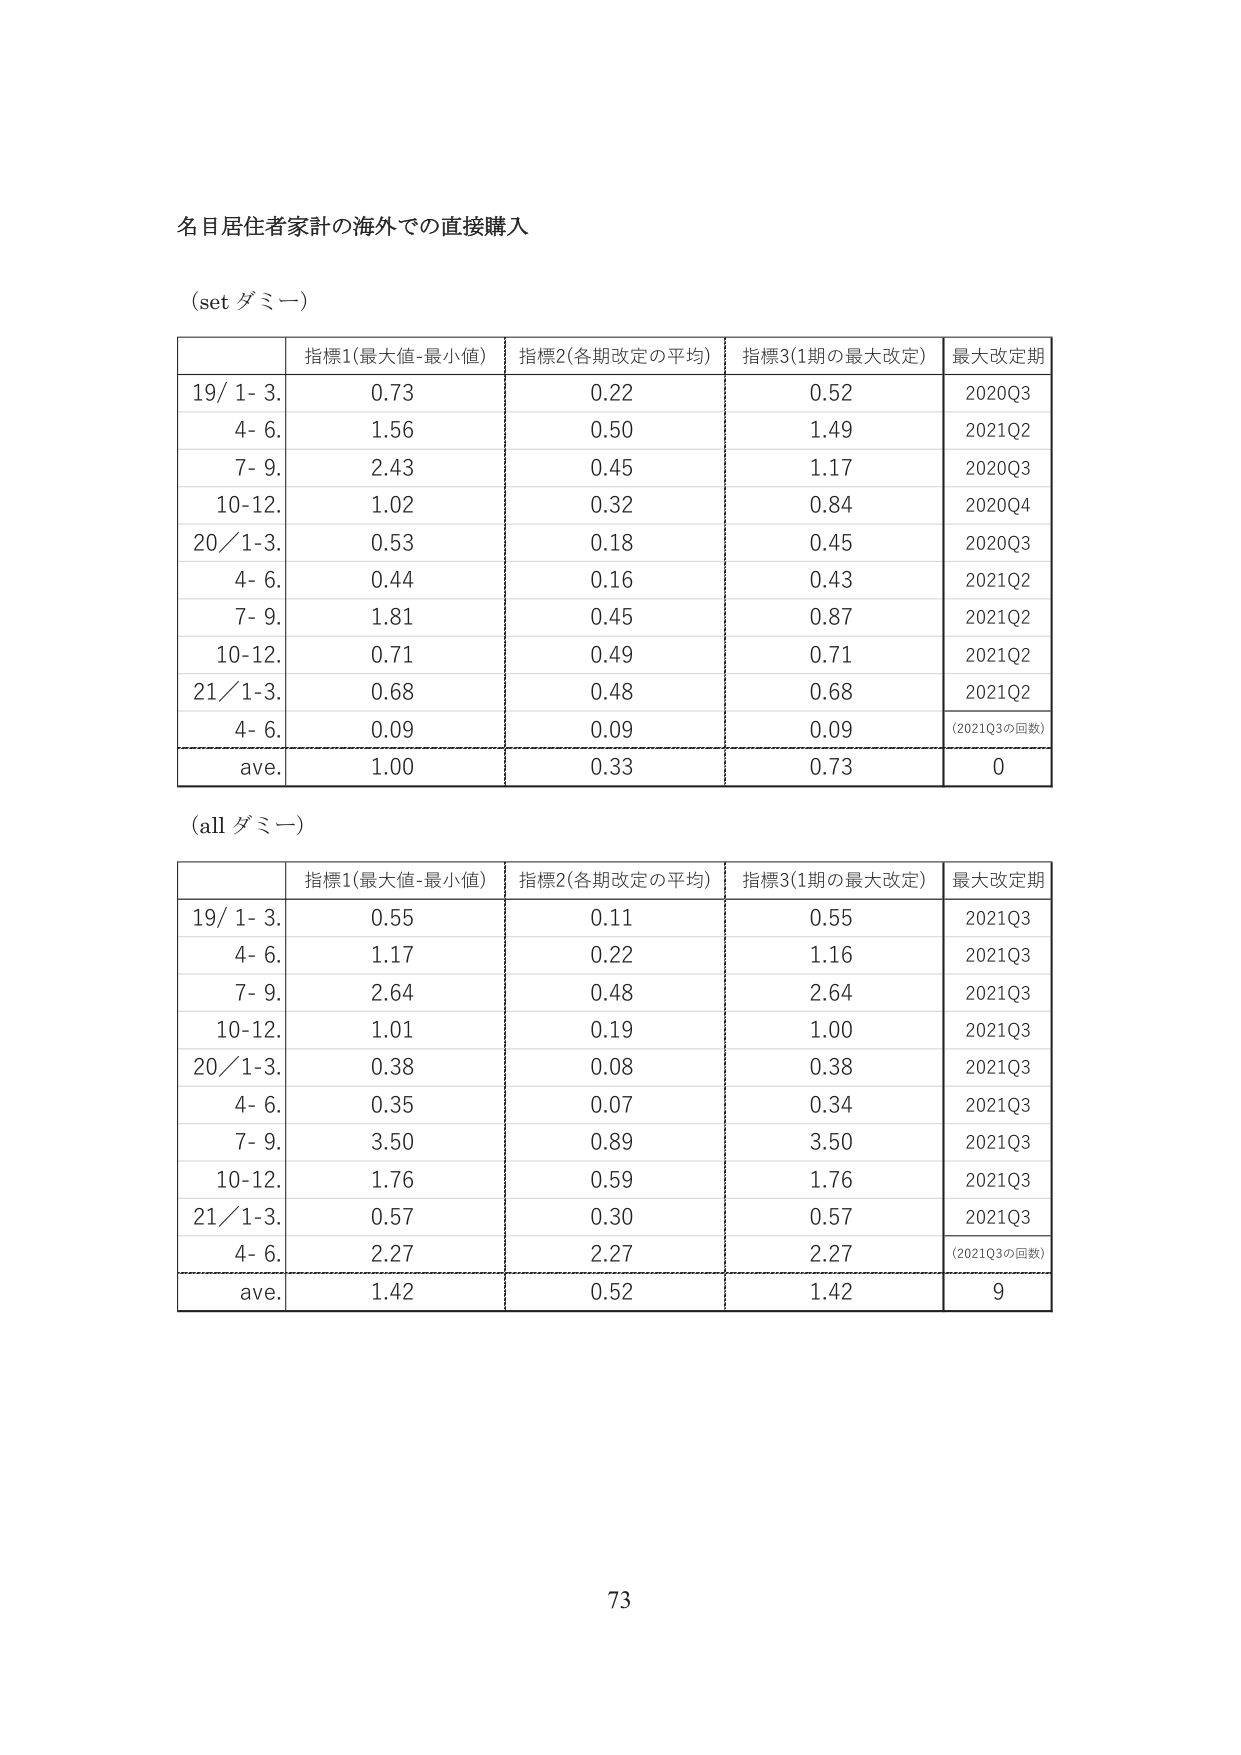
名目居住者家計の海外での直接購入

(set ダミー)

| | 指標1(最大値-最小値) | 指標2(各期改定の平均) | 指標3(1期の最大改定) | 最大改定期 |
|---|---|---|---|---|
| 19/ 1- 3. | 0.73 | 0.22 | 0.52 | 2020Q3 |
| 4- 6. | 1.56 | 0.50 | 1.49 | 2021Q2 |
| 7- 9. | 2.43 | 0.45 | 1.17 | 2020Q3 |
| 10-12. | 1.02 | 0.32 | 0.84 | 2020Q4 |
| 20/ 1-3. | 0.53 | 0.18 | 0.45 | 2020Q3 |
| 4- 6. | 0.44 | 0.16 | 0.43 | 2021Q2 |
| 7- 9. | 1.81 | 0.45 | 0.87 | 2021Q2 |
| 10-12. | 0.71 | 0.49 | 0.71 | 2021Q2 |
| 21/ 1-3. | 0.68 | 0.48 | 0.68 | 2021Q2 |
| 4- 6. | 0.09 | 0.09 | 0.09 | (2021Q3の回数) |
| ave. | 1.00 | 0.33 | 0.73 | 0 |

(all ダミー)

| | 指標1(最大値-最小値) | 指標2(各期改定の平均) | 指標3(1期の最大改定) | 最大改定期 |
|---|---|---|---|---|
| 19/ 1- 3. | 0.55 | 0.11 | 0.55 | 2021Q3 |
| 4- 6. | 1.17 | 0.22 | 1.16 | 2021Q3 |
| 7- 9. | 2.64 | 0.48 | 2.64 | 2021Q3 |
| 10-12. | 1.01 | 0.19 | 1.00 | 2021Q3 |
| 20/ 1-3. | 0.38 | 0.08 | 0.38 | 2021Q3 |
| 4- 6. | 0.35 | 0.07 | 0.34 | 2021Q3 |
| 7- 9. | 3.50 | 0.89 | 3.50 | 2021Q3 |
| 10-12. | 1.76 | 0.59 | 1.76 | 2021Q3 |
| 21/ 1-3. | 0.57 | 0.30 | 0.57 | 2021Q3 |
| 4- 6. | 2.27 | 2.27 | 2.27 | (2021Q3の回数) |
| ave. | 1.42 | 0.52 | 1.42 | 9 |

73